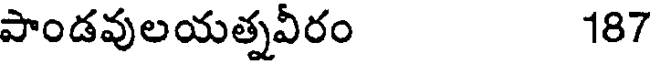
పాండవులయత్నవీరం 187